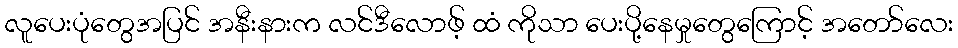
လူပေးပုံတွေအပြင် အနီးနားက လင်ဒီလောဖ့် ထံ ကိုသာ ပေးပို့နေမှုတွေကြောင့် အတော်လေး